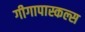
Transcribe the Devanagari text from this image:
गीगापास्कल्स